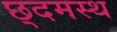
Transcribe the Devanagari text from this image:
छ्दमस्थ